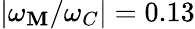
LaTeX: |\omega_{\mathbf{M}}/\omega_{C}|=0.13